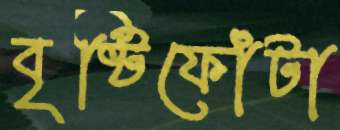
বৃষ্টিফোঁটা